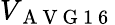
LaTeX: V_{\mathrm{~A~V~G~1~6~}}